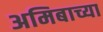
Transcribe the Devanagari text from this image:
अमिबाच्या